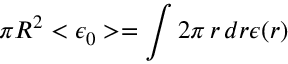
\pi R ^ { 2 } < \epsilon _ { 0 } > = \int 2 \pi \, r \, d r \epsilon ( r )